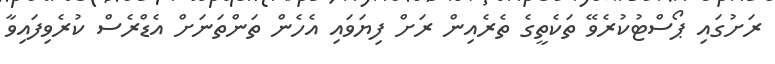
ރަށުގައި ޕޯސްޓުކުރެވޭ ތަކެތީގެ ތެރެއިން ރަށް ފިޔަވައި އެހެން ތަންތަނަށް އެޑްރެސް ކުރެވިފައިވާ